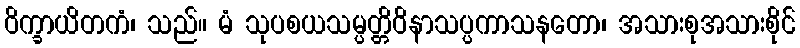
ဝိက္ခာယိတကံ၊ သည်။ မံ သုပစယသမ္ပတ္တိဝိနာသပ္ပကာသနတော၊ အသားစုအသားစိုင်